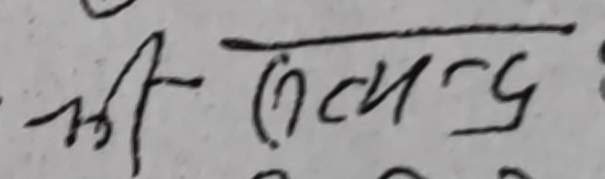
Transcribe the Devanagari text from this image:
श्री (७५५)